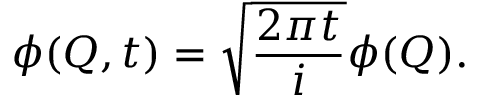
\phi ( Q , t ) = \sqrt { { \frac { 2 \pi t } { i } } } \phi ( Q ) .